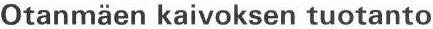
Otanmäen kaivoksen tuotanto